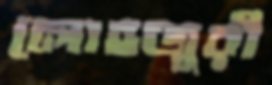
লোহজুরী